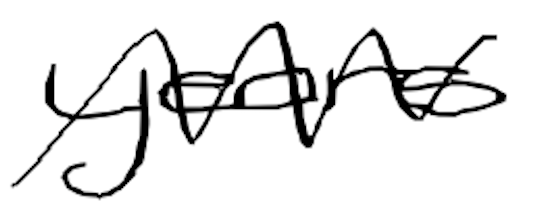
Text: years
Cross-out: zig-zag
Writing tool: digital_black